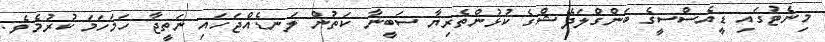
މިނެޓުގައި ޑީއެސްސީގެ ބަންގްލަދޭޝްގެ ކުޅުންތެރިޔާ ސަބީނާ ކަތުން ލަނޑެއްޖަހައި ނަތީޖާ ހަމަހަމަ ކުރުމެވެ.